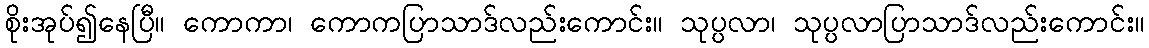
စိုးအုပ်၍နေပြီ။ ကောကာ၊ ကောကပြာသာဒ်လည်းကောင်း။ သုပ္ပလာ၊ သုပ္ပလာပြာသာဒ်လည်းကောင်း။